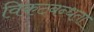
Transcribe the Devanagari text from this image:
विकटबन्धता